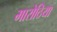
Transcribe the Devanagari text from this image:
मारोठिया